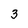
Character: 3